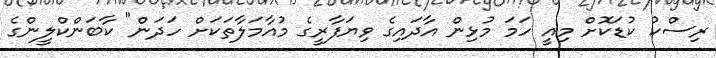
ރިސްކު ކުޑަކޮށް މިއީ ހަމަ މުޅިން އާދައިގެ ވިޔަފާރީގެ މުއާމަލާތަކަށް ހަދަން" ކާބަންކްލީންގެ